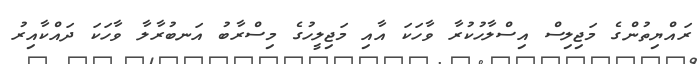
ރައްޔިތުންގެ މަޖިލިސް އިސްލާހުކުރާ ވާހަކަ އާއި މަޖިލީހުގެ މިސްރާބު އަނބުރާލާ ވާހަކަ ދައްކާއިރު